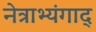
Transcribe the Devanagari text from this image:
नेत्राभ्यंगाद्